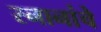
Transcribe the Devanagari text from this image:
स्नानांचे